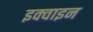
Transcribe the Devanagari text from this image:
इक्वाइन